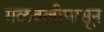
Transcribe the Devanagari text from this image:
मळवलीपासून